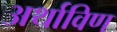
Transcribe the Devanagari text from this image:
अर्थाविण